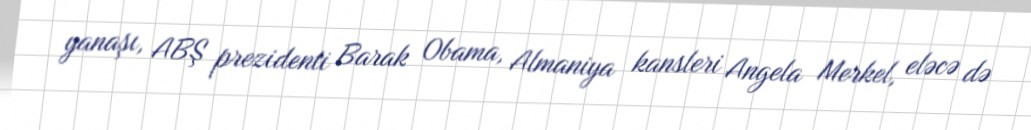
yanaşı, ABŞ prezidenti Barak Obama, Almaniya kansleri Angela Merkel, eləcə də